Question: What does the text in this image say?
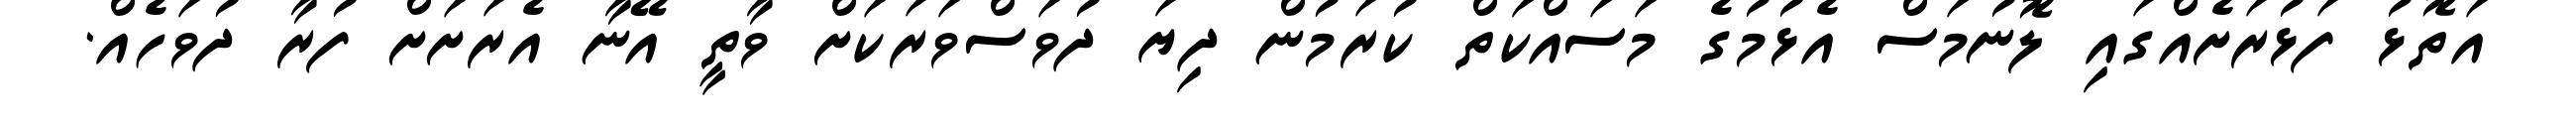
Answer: އަތޮޅު ފަޅުރަށެއްގައި ލޮނުމަސް އެޅުމުގެ މަސައްކަތް ކުރަމުން ދިޔަ ދުވަސްވަރަކަށް ވާތީ އޭނާ އެރަށަށް ފުރާ ދުވަހެއް.